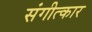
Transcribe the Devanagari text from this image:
संगीत्कार